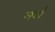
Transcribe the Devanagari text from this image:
मवाँ